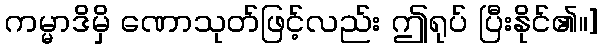
ကမ္မာဒိမှိ ဏောသုတ်ဖြင့်လည်း ဤရုပ် ပြီးနိုင်၏။]